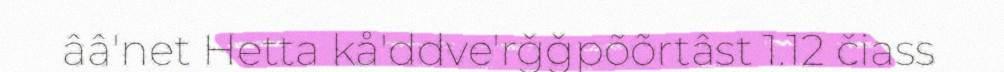
ââ'net Hetta kå'ddve'rǧǧpõõrtâst 1.12 čiass